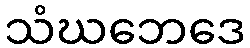
သံဃဘေဒေ